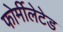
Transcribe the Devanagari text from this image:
फोर्मीलेटेड